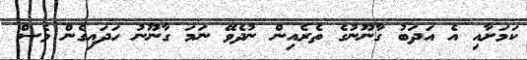
ކަމަށާއި އެ އަދަބު ގާނޫނުގެ ތެރެއިން ނުދެވޭ ނަމަ ގާނޫނު ހަދައިގެން ވެސް